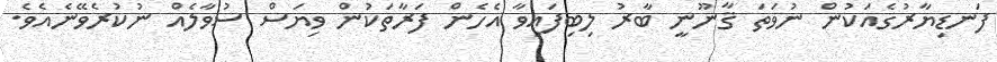
ފަނޑިޔާރުގެއަކުން ނުވަތަ ޤާނޫނީ ބާރު ލިބިފައިވާ އެހެން ފަރާތަކުން ވިޔަސް ސުވާލެއް ނުކުރެވޭނެއެވެ.